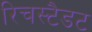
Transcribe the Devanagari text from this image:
रिचस्टैडट